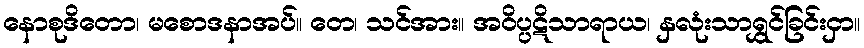
နောစုဒိတော၊ မစောဒနာအပ်။ တေ၊ သင်အား။ အဝိပ္ပဋိသာရာယ၊ နှလုံးသာရွှင်ခြင်းငှာ။